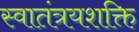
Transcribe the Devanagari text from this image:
स्वातंत्रयशक्ति